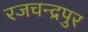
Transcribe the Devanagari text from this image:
रजचन्द्रपुर